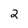
Character: 2